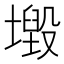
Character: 𡒂